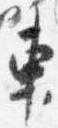
東